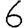
Digit: 6